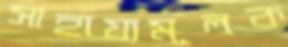
সাহায্যমূলক